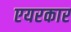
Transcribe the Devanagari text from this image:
एयरकार